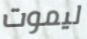
ليموت